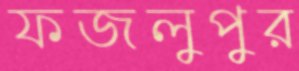
ফজলুপুর